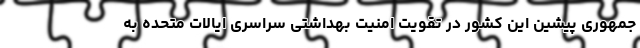
جمهوری پیشین این کشور در تقویت امنیت بهداشتی سراسری ایالات متحده به